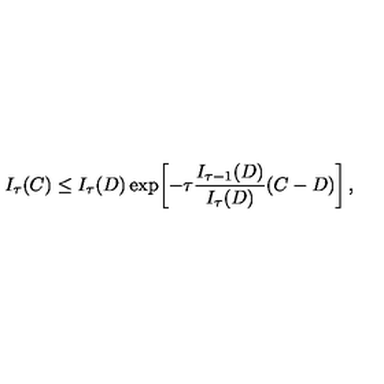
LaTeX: I _ { \tau } ( C ) \le I _ { \tau } ( D ) \exp \! \left[ - \tau { \frac { I _ { \tau - 1 } ( D ) } { I _ { \tau } ( D ) } } ( C - D ) \right] ,